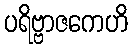
ပရိဗ္ဗာဇကေဟိ